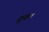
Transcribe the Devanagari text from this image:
शुंक।